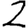
Digit: 2